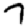
Digit: 7